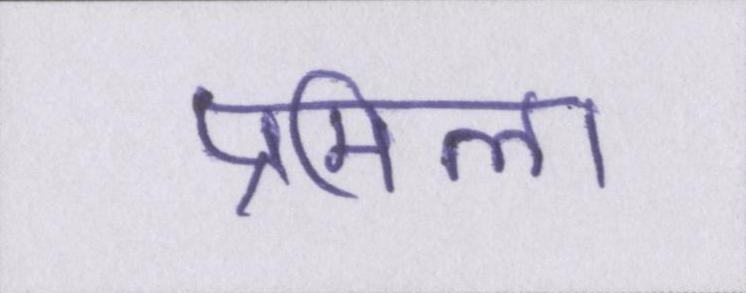
प्रमिला